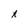
Character: t